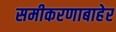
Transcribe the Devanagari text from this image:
समीकरणाबाहेर